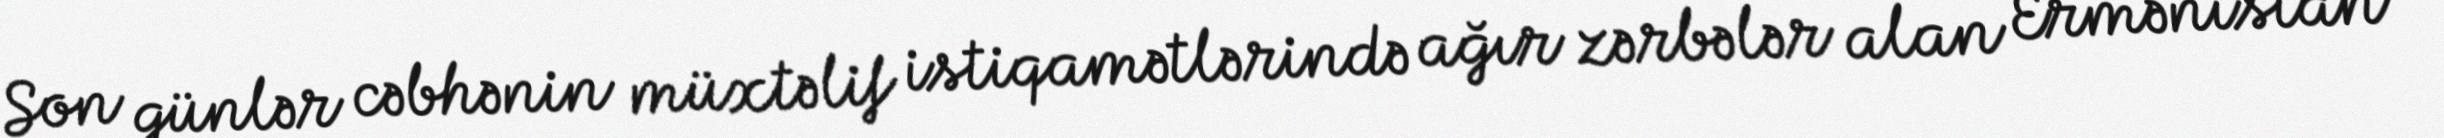
Son günlər cəbhənin müxtəlif istiqamətlərində ağır zərbələr alan Ermənistan